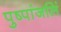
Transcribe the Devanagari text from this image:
पुष्पांजलिं